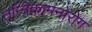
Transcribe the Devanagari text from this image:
तन्त्रिकामनोरोग